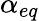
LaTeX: \alpha_{eq}